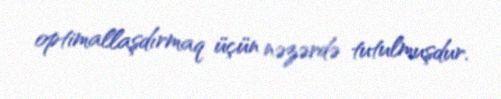
optimallaşdırmaq üçün nəzərdə tutulmuşdur.